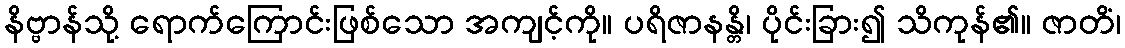
နိဗ္ဗာန်သို့ ရောက်ကြောင်းဖြစ်သော အကျင့်ကို။ ပရိဇာနန္တိ၊ ပိုင်းခြား၍ သိကုန်၏။ ဇာတိံ၊